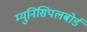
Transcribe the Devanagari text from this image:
म्युनिसिपलबोर्ड